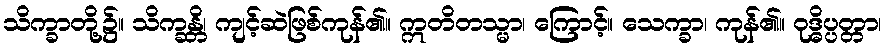
သိက္ခာတို့၌။ သိက္ခန္တိ၊ ကျင့်ဆဲဖြစ်ကုန်၏။ ဣတိတသ္မာ၊ ကြောင့်။ သေက္ခာ၊ ကုန်၏။ ဝုဒ္ဓိပ္ပတ္တာ၊